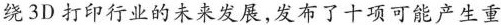
绕3D打印行业的未来发展,发布了十项可能产生重